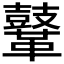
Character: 𪔨